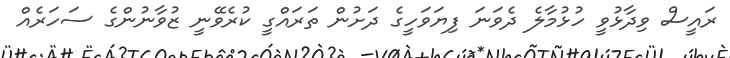
ރައީސް ވިދާޅުވީ ހުޅުމާލެ ދެވަނަ ފިޔަވަހީގެ ދަށުން ތަރައްގީ ކުރެވޭނީ ޒުވާނުންގެ ސަހަރެއް